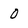
Character: 0